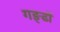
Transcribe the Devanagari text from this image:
गङ्ढों